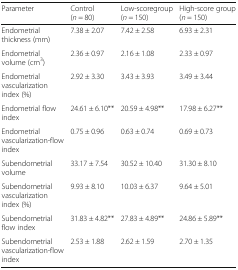
<table><thead><tr><td><b>Parameter</b></td><td><b>Control (<i>n</i> = 80)</b></td><td><b>Low-scoregroup (<i>n</i> = 150)</b></td><td><b>High-score group (<i>n</i> = 150)</b></td></tr></thead><tbody><tr><td>Endometrial thickness (mm)</td><td>7.38 ± 2.07</td><td>7.42 ± 2.58</td><td>6.93 ± 2.31</td></tr><tr><td>Endometrial volume (cm<sup>3</sup>)</td><td>2.36 ± 0.97</td><td>2.16 ± 1.08</td><td>2.33 ± 0.97</td></tr><tr><td>Endometrial vascularization index (%)</td><td>2.92 ± 3.30</td><td>3.43 ± 3.93</td><td>3.49 ± 3.44</td></tr><tr><td>Endometrial flow index</td><td>24.61 ± 6.10**</td><td>20.59 ± 4.98**</td><td>17.98 ± 6.27**</td></tr><tr><td>Endometrial vascularization-flow index</td><td>0.75 ± 0.96</td><td>0.63 ± 0.74</td><td>0.69 ± 0.73</td></tr><tr><td>Subendometrial volume</td><td>33.17 ± 7.54</td><td>30.52 ± 10.40</td><td>31.30 ± 8.10</td></tr><tr><td>Subendometrial vascularization index (%)</td><td>9.93 ± 8.10</td><td>10.03 ± 6.37</td><td>9.64 ± 5.01</td></tr><tr><td>Subendometrial flow index</td><td>31.83 ± 4.82**</td><td>27.83 ± 4.89**</td><td>24.86 ± 5.89**</td></tr><tr><td>Subendometrial vascularization-flow index</td><td>2.53 ± 1.88</td><td>2.62 ± 1.59</td><td>2.70 ± 1.35</td></tr></tbody></table>